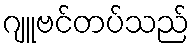
ဂျူဗင်တပ်သည်